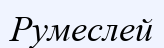
Румеслей